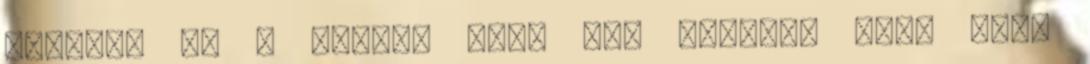
vissza, es a Google most ott tamadja oket ahol